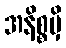
အနိစ္စမှိ